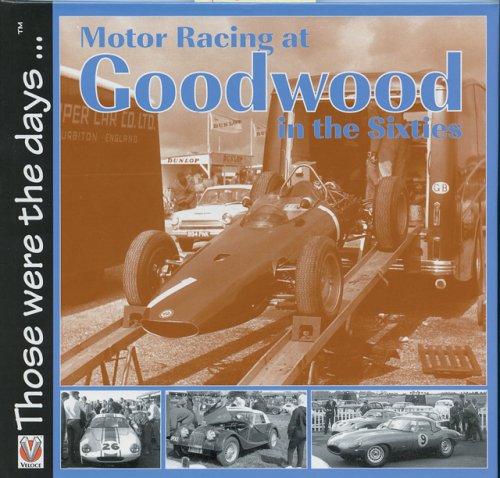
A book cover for Motor Racing at Goodwood in the Sixties (Those were the days...); Tony Gardiner; Engineering & Transportation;